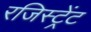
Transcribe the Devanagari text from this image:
रजिस्ट्रेंट